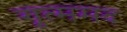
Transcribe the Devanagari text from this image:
गृत्ममद